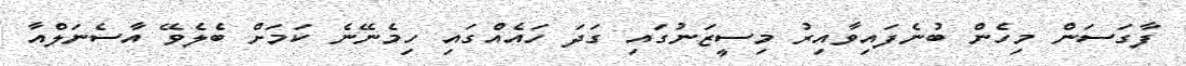
ފާގަސަން މިހެން ބުނެފައިވާއިރު މިސީޒަނުގައި ގަދަ ހައެއްގައި ހިމެނޭނެ ކަމަށް ބެލެވޭ އާސެނަލްއާ